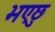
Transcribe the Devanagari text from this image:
भएछु